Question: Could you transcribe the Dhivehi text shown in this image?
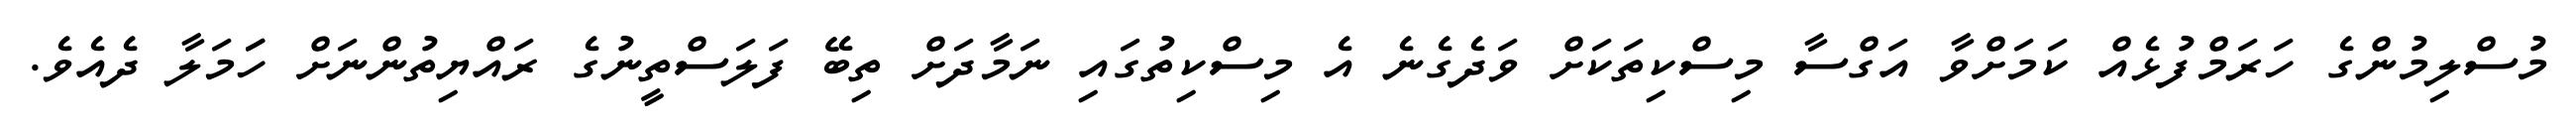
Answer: މުސްލިމުންގެ ހަރަމްފުޅެއް ކަމަށްވާ އަގްސާ މިސްކިތަކަށް ވަދެގެނެ އެ މިސްކިތުގައި ނަމާދަށް ތިބޭ ފަލަސްތީނުގެ ރައްޔިތުންނަށް ހަަމަލާ ދެއެވެ.